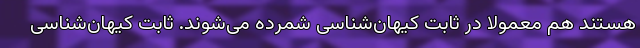
هستند هم معمولاً در ثابت کیهان‌شناسی شمرده می‌شوند. ثابت کیهان‌شناسی